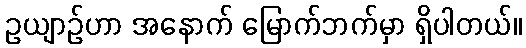
ဥယျာဉ်ဟာ အနောက် မြောက်ဘက်မှာ ရှိပါတယ်။